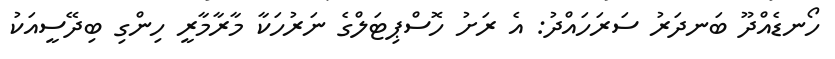
ހޯނޑެއްދޫ ބަނދަރު ސަރަހައްދު: އެ ރަށު ހޮސްޕިޓަލްގެ ނަރުހަކާ މާރާމާރީ ހިންގި ބިދޭސީއަކު